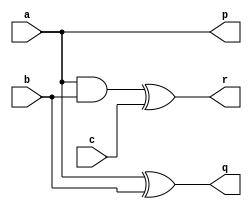
`timescale 1ns / 1ps
//////////////////////////////////////////////////////////////////////////////////
// Company: 
// Engineer: 
// 
// Design Name: 
// Module Name: peres_gate
// Project Name: 
// Target Devices: 
// Tool Versions: 
// Description: 
// 
// Dependencies: 
// 
// Revision:
// Revision 0.01 - File Created
// Additional Comments:
// 
//////////////////////////////////////////////////////////////////////////////////


module peres_gate(
    input a,b,c,
    output p,q,r
    );
    assign p = a;
    assign q = a^b;
    assign r = (a&b)^c;
endmodule